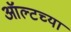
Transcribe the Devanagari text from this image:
ऑल्टच्या